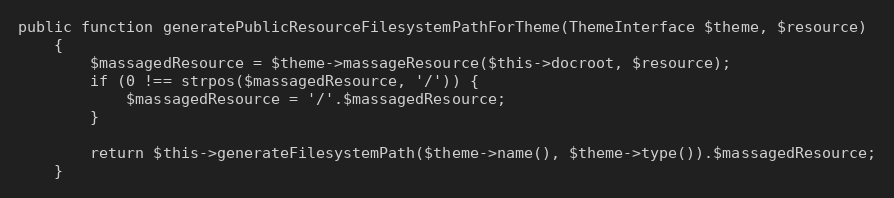
Language: PHP
public function generatePublicResourceFilesystemPathForTheme(ThemeInterface $theme, $resource)
    {
        $massagedResource = $theme->massageResource($this->docroot, $resource);
        if (0 !== strpos($massagedResource, '/')) {
            $massagedResource = '/'.$massagedResource;
        }

        return $this->generateFilesystemPath($theme->name(), $theme->type()).$massagedResource;
    }